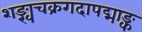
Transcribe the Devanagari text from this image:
शङ्खचक्रगदापद्माङ्क